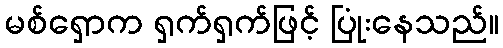
မစ်ရှောက ရှက်ရှက်ဖြင့် ပြုံးနေသည်။